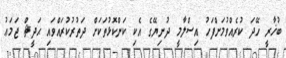
ބުޚާރީ ހޭދަ ކުރެއްވުމަށްފަހު އިސްލާމީ ދުނިޔޭގެ އެކި ކަންކޮޅުތަކަށް ދަތުރުކުރައްވައި ޙަދީޘް ޖަމަޢު